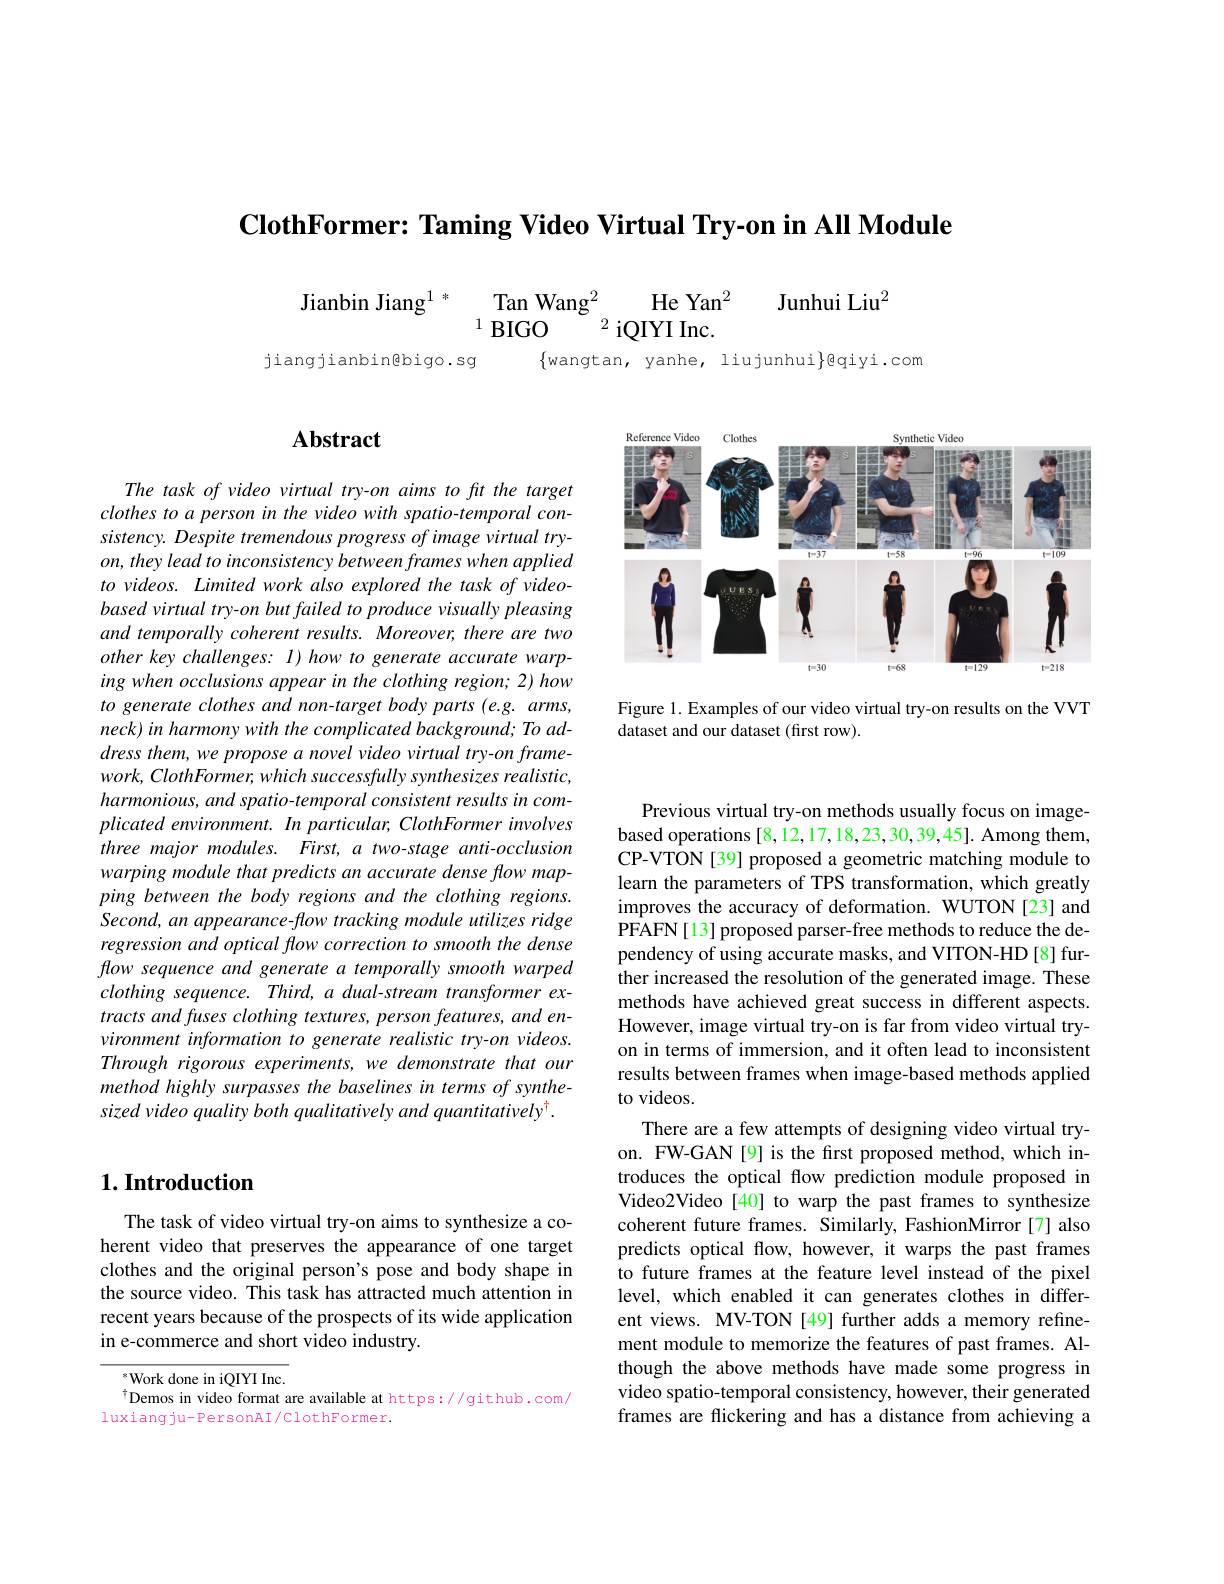
$\textbf{ClothFormer: Taming Video Virtual Try- on in All Module}$

$\begin{array} { c } \text{Jianbin Jiang}^{1}\end{array} ^*$ $\underset {1}{\operatorname* { \operatorname* { \operatorname* { \operatorname* { Tan Wang} } } } }^2$ He Yan$^2$ Junhui Liu

jiangjianbin@bigo.sg

$\{$wangtan, yanhe, liujunhui$\}$qiyi.com

<FigureHere>

Figure 1. Examples of our video virtual try-on results on the VVT
dataset and our dataset (first row).

## $\mathbf{Abstract}$

The task of video virtual try-on aims to fit the target clothes to a person in the video with spatio-temporal consistency. Despite tremendous progress of image virtual tryon, they lead to inconsistency between frames when applied to videos. Limited work also explored the task of videobased virtual try-on but failed to produce visually pleasing and temporally coherent results. Moreover, there are two other key challenges: I) how to generate accurate warping when occlusions appear in the clothing region; 2) how to generate clothes and non-target body parts (e.g. arms, neck) in harmony with the complicated background; To address them, we propose a novel video virtual try-on frame- $work, ClothFormer, whichsuccessfullysynthesizes$ $realistic$, harmonious, and spatio-temporal consistent results in com- $plicatedenvironment.Inparticular,ClothFormerinvolves$ three major modules. First, a two-stage anti-occlusion warping module that predicts an accurate dense flow mapping between the body regions and the clothing regions. Second, an appearance-flow tracking module utilizes ridge regression and optical flow correction to smooth the dense flow sequence and generate a temporally smooth warped $clothingsequence.Third,adual-streamtransformerex-$ tracts and fuses clothing textures, person features, and environment information to generate realistic try-on videos. Through rigorous experiments, we demonstrate that our method highly surpasses the baselines in terms of synthesized video quality both qualitatively and quantitatively$^\dagger.$

## $1. \textbf{Introduction}$

The task of video virtual try-on aims to synthesize a coherent video that preserves the appearance of one target clothes and the original person's pose and body shape in the source video. This task has attracted much attention in recent years because of the prospects of its wide application in e-commerce and short video industry.

$^{*}$Work done in iQIYI Inc.
$^{\dagger}$Demos in video format are available at https://github.com/
luxiangju-PersonAI/ClothFormer.

Previous virtual try-on methods usually focus on imagebased operations [8,12,17,18,23,30,39,45]. Among them, CP-VTON [39] proposed a geometric matching module to learn the parameters of TPS transformation, which greatly improves the accuracy of deformation. WUTON [23] and $\hat{\mathrm{PFAFN[13]~proposed~parser-free~methods~to~reduce~the~de-}}$ pendency of using accurate masks, and VITON-HD [8] further increased the resolution of the generated image. These methods have achieved great success in different aspects. However, image virtual try-on is far from video virtual tryon in terms of immersion, and it often lead to inconsistent results between frames when image-based methods applied to videos.
There are a few attempts of designing video virtual tryon. FW-GAN[9] is the first proposed method, which introduces the optical flow prediction module proposed in Video2Video [40] to warp the past frames to synthesize coherent future frames. Similarly, FashionMirror [7] also predicts optical flow, however, it warps the past frames to future frames at the feature level instead of the pixel level, which enabled it can generates clothes in different views. MV-TON [49] further adds a memory refinement module to memorize the features of past frames. Although the above methods have made some progress in video spatio-temporal consistency, however, their generated frames are flickering and has a distance from achieving a